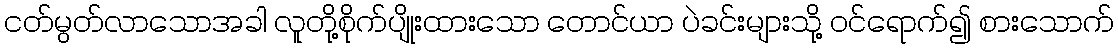
ငတ်မွတ်လာသောအခါ လူတို့စိုက်ပျိုးထားသော တောင်ယာ ပဲခင်းများသို့ ဝင်ရောက်၍ စားသောက်